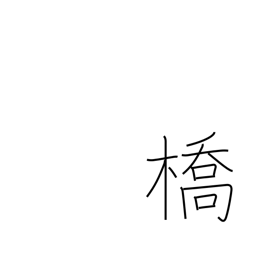
Meaning: bridge